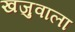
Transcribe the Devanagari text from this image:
खजुवाला